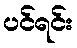
ပင်ရင်း